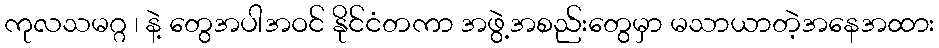
ကုလသမဂ္ဂ ၊ နဲ့ တွေအပါအဝင် နိုင်ငံတကာ အဖွဲ့အစည်းတွေမှာ မသာယာတဲ့အနေအထား